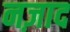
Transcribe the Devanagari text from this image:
नज़ाद